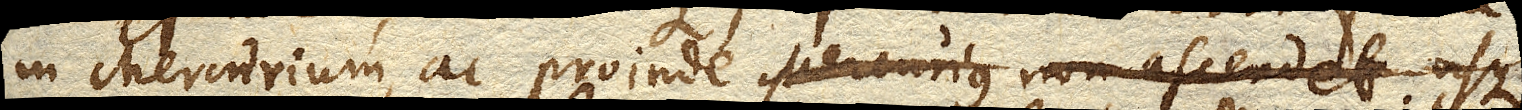
in Mercurium, ac proinde Mercurius non ascendet usque